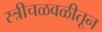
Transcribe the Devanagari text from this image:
स्त्रीचळवळीतून